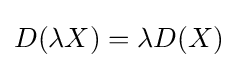
D(\lambda X)=\lambda D(X)